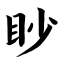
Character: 眇